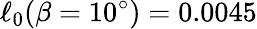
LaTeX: \ell_{0}(\beta=10^{\circ})=0.0045